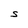
Character: S